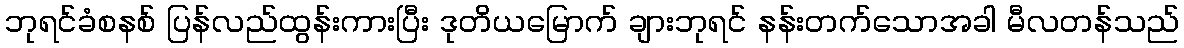
ဘုရင်ခံစနစ် ပြန်လည်ထွန်းကားပြီး ဒုတိယမြောက် ချားဘုရင် နန်းတက်သောအခါ မီလတန်သည်